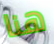
هنا